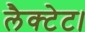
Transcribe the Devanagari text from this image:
लैक्टेट।